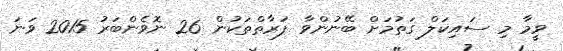
ވީމާ މި ސައިކަލް ގަތުމަށް ބޭނުންވާ ފަރާތްތަކުން 26 ނޮވެންބަރު 2015 ވަނަ